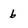
Character: 6